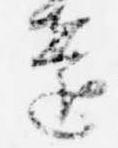
遠